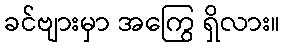
ခင်ဗျားမှာ အကြွေ ရှိလား။